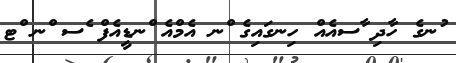
ުނގެ ހާދި ާސއެއް ހިނގައިގެ ްނ އެމްއެ ްނޑީއެފް ެސ ްނ ްޓ